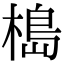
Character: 槝